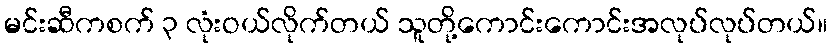
မင်းဆီကစက် ၃ လုံးဝယ်လိုက်တယ် သူတို့ကောင်းကောင်းအလုပ်လုပ်တယ်။